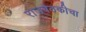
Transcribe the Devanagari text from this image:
राजबैठकीचा